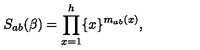
S _ { a b } ( \beta ) = \prod _ { x = 1 } ^ { h } \{ x \} ^ { m _ { a b } ( x ) } ,